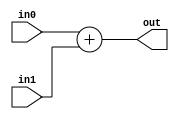
module adder #(
  parameter DATA_WIDTH = 32
) (
  input [DATA_WIDTH - 1:0] in0,
  input [DATA_WIDTH - 1:0] in1,
  output [DATA_WIDTH - 1:0] out
);

  assign out = in0 + in1;

endmodule